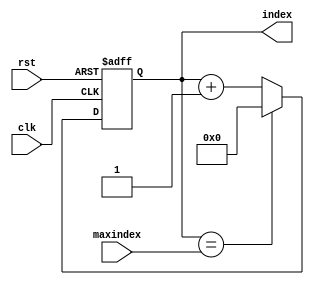

module fifoindexcounter_v1(
	//from FPGA
	rst, //reset
	clk, // increment trigger 
	maxindex, //number of total items stored in fifo
	
	//to FPGA
	index
);

parameter N = 6;

//input
input wire rst;
input wire clk;
input wire [N-1:0] maxindex;

//output
output reg[N-1:0] index;

//sequential logic
always @(posedge clk or posedge rst) begin
	if(rst) begin
		index <= 6'b0;
	end else begin
			if(index == maxindex) begin
				index <= 6'b0;
			end else begin
				index <= index + 1;
			end
	end	
end

endmodule